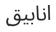
انابيق